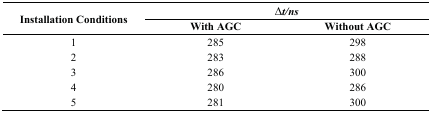
| <ROWSPAN=2> Installation Conditions | <COLSPAN=2> ∆t/ns |
 | With AGC | Without AGC |
 | --- | --- | --- |
 | 1 | 285 | 298 |
 | 2 | 283 | 288 |
 | 3 | 286 | 300 |
 | 4 | 280 | 286 |
 | 5 | 281 | 300 |